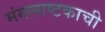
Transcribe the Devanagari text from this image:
मंगलाष्टकाची